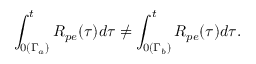
\int _ { 0 ( \Gamma _ { a } ) } ^ { t } R _ { p e } ( \tau ) d \tau \neq \int _ { 0 ( \Gamma _ { b } ) } ^ { t } R _ { p e } ( \tau ) d \tau .